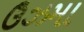
ઉઝમા